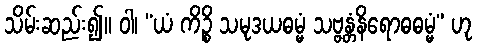
သိမ်းဆည်း၍။ ဝါ၊ “ယံ ကိဉ္စိ သမုဒယဓမ္မံ သဗ္ဗန္တံနိရောဓဓမ္မံ” ဟု